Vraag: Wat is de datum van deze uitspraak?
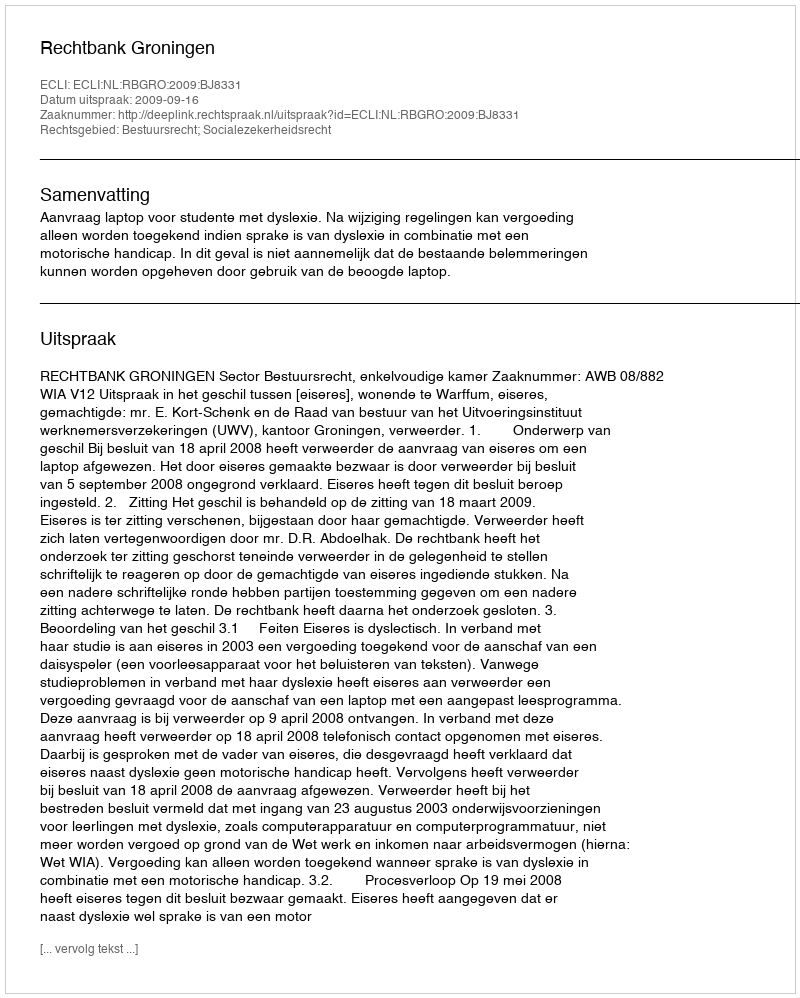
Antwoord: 2009-09-16